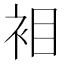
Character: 𮕲